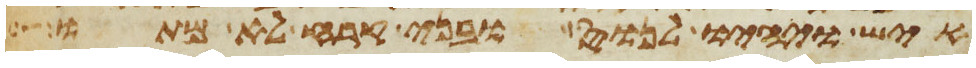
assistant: איש ויהיו לנוס ובני קרח לא מתו